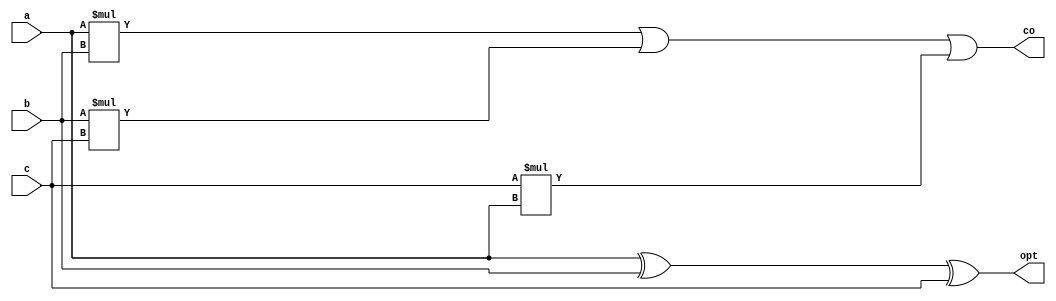
module adder(a,b,c,co,opt);
input a;
input b;
input c;
output co, opt;
assign opt=a^b^c;
assign co=((a*b)|(b*c)|(c*a));
endmodule